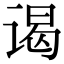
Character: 谒